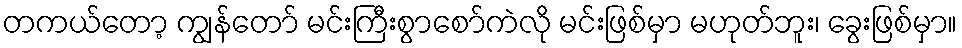
တကယ်တော့ ကျွန်တော် မင်းကြီးစွာစော်ကဲလို မင်းဖြစ်မှာ မဟုတ်ဘူး၊ ခွေးဖြစ်မှာ။